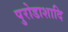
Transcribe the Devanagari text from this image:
पुरोडाशादि